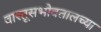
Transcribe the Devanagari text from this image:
वास्तूसभोवतालच्या